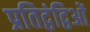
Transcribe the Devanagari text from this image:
प्रतिद्वंद्विओं